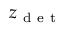
z _ { \mathrm { ~ d ~ e ~ t ~ } }